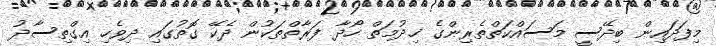
މިފަދައިން ބިދޭސީ މަސައްކަތްތެރިންގެ ޚިދުމަތް ހޯދާ ފަރާތްތަކުން ދެކޭ ގޮތުގައި ދިވެހި އިގްތިސާދު